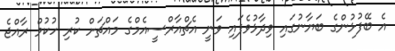
އެ ބޭފުޅުންގެ ބަޔާނުގައި ވިދާޅުވެފައި ވަނީ އެޗްއާރްސީއެމްގެ މައްޗަށް ކުރި ހުކުމް ރާއްޖެ